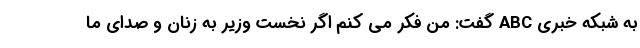
به شبکه خبری ABC گفت: من فکر می کنم اگر نخست وزیر به زنان و صدای ما